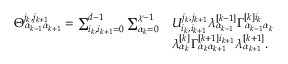
\begin{array} { r l } { \Theta _ { \alpha _ { k - 1 } \alpha _ { k + 1 } } ^ { j _ { k } , j _ { k + 1 } } = \sum _ { i _ { k } , i _ { k + 1 } = 0 } ^ { d - 1 } \sum _ { \alpha _ { k } = 0 } ^ { \chi - 1 } } & { U _ { i _ { k } , i _ { k + 1 } } ^ { j _ { k } , j _ { k + 1 } } \lambda _ { \alpha _ { k - 1 } } ^ { [ k - 1 ] } \Gamma _ { \alpha _ { k - 1 } \alpha _ { k } } ^ { [ k ] i _ { k } } } \\ & { \lambda _ { \alpha _ { k } } ^ { [ k ] } \Gamma _ { \alpha _ { k } \alpha _ { k + 1 } } ^ { [ k + 1 ] i _ { k + 1 } } \lambda _ { \alpha _ { k + 1 } } ^ { [ k + 1 ] } . } \end{array}